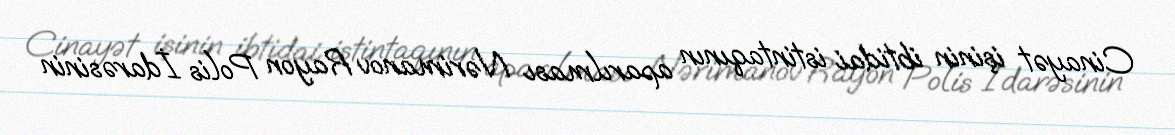
Cinayət işinin ibtidai istintaqının aparılması Nərimanov Rayon Polis İdarəsinin